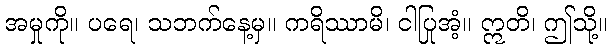
အမှုကို။ ပရေ၊ သဘက်နေ့မှ။ ကရိဿာမိ၊ ငါပြုအံ့။ ဣတိ၊ ဤသို့။